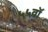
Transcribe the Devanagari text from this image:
५५वॉ